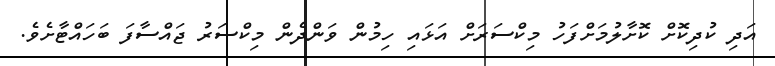
އަދި ކުދިކޮށް ކޮށާލުމަށްފަހު މިކްސަރަށް އަޅައި ހިމުން ވަންދެން މިކްސަރު ޖައްސާފަ ބަހައްޓާށެވެ.